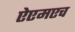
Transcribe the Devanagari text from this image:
ऐएमएच